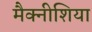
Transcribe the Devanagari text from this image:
मैक्नीशिया